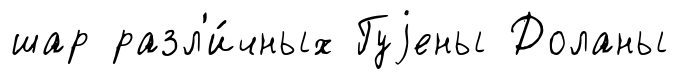
шар разл'и́чных Гуjены Доланы